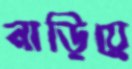
নাড়িয়ে